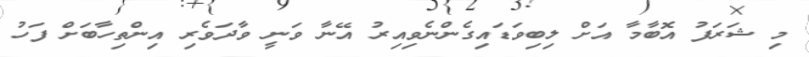
މި ޝަރަފު އޮބާމާ އަށް ލިބިވަޑައިގެންނެވިއިރު އޭނާ ވަނީ ވާދަވެރި އިންތިހާބަށް ފަހު